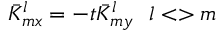
\bar { K } _ { m x } ^ { l } = - t \bar { K } _ { m y } ^ { l } ~ ~ l < > m